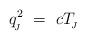
LaTeX: \begin{align*}q_{\!_J}^2 \ = \ c T_{\!_J}\end{align*}